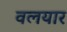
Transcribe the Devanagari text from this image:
वलयार